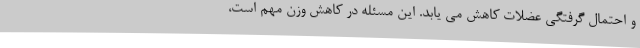
و احتمال گرفتگی عضلات کاهش می یابد. این مسئله در کاهش وزن مهم است،